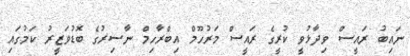
ނައިބު ރައީސް ވިދާޅުވީ ކުރީގެ ރައީސް މަރުހޫމް އިބްރާހިމް ނާސިރުގެ ބޮޑުވަޒީރު ކަމުގައި